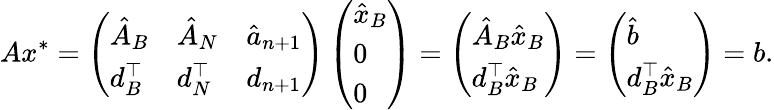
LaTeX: Ax^{*}=\left(\begin{array}{lll}{\hat{A}_{B}}&{\hat{A}_{N}}&{\hat{a}_{n+1}}\\ {d_{B}^{\top}}&{d_{N}^{\top}}&{d_{n+1}}\end{array}\right)\left(\begin{array}{l}{\hat{x}_{B}}\\ {0}\\ {0}\end{array}\right)=\left(\begin{array}{l}{\hat{A}_{B}\hat{x}_{B}}\\ {d_{B}^{\top}\hat{x}_{B}}\end{array}\right)=\left(\begin{array}{l}{\hat{b}}\\ {d_{B}^{\top}\hat{x}_{B}}\end{array}\right)=b.